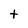
Character: t